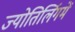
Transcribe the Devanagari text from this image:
ज्योतिर्लिगमें